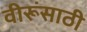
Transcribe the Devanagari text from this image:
वीरूंसाठी